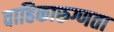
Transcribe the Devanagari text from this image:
वाहिकारुग्णता